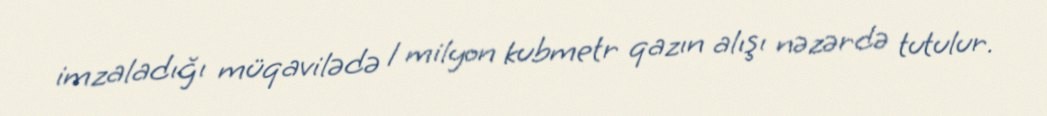
imzaladığı müqavilədə 1 milyon kubmetr qazın alışı nəzərdə tutulur.